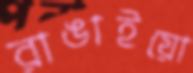
রাঙাইয়ো